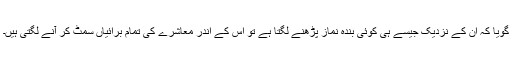
گویا کہ ان کے نزدیک جیسے ہی کوئی بندہ نماز پڑھنے لگتا ہے تو اس کے اندر معاشرے کی تمام برائیاں سمٹ کر آنے لگتی ہیں۔